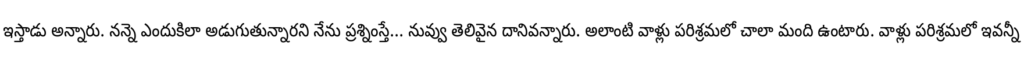
ఇస్తాడు అన్నారు. నన్నె ఎందుకిలా అడుగుతున్నారని నేను ప్రశ్నింస్తే... నువ్వు తెలివైన దానివన్నారు. అలాంటి వాళ్లు పరిశ్రమలో చాలా మంది ఉంటారు. వాళ్లు పరిశ్రమలో ఇవన్నీ